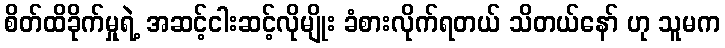
စိတ်ထိခိုက်မှုရဲ့ အဆင့်ငါးဆင့်လိုမျိုး ခံစားလိုက်ရတယ် သိတယ်နော် ဟု သူမက